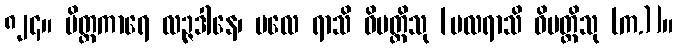
၈၂၄။ မိတ္တကာရေ လဉ္ဇဒါနေ၊ ဗလေ ရာသိ ဝိပတ္တိသု [ဗလရာသိ ဝိပတ္တိသု (က.)]။